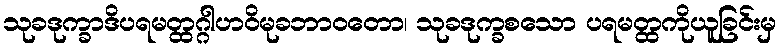
သုခဒုက္ခာဒိပရမတ္ထဂ္ဂါဟဝိမုခဘာဝတော၊ သုခဒုက္ခစသော ပရမတ္ထကိုယူခြင်းမှ